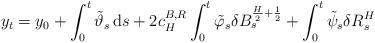
LaTeX: \begin{align*}y_t = y_0 + \int_0^t\tilde{\vartheta}_s\,\mathrm{d}{s} + 2c_H^{B,R}\int_0^t\tilde{\varphi}_s\delta B_s^{\frac{H}{2}+\frac{1}{2}} + \int_0^t\tilde{\psi}_s\delta R^H_s\end{align*}